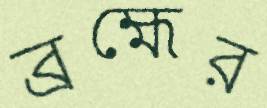
ব্রহ্মের